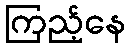
ကြည့်နေ